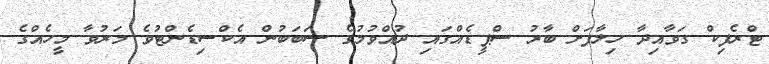
ޓްރެފިކް ގަވާއިދާ ހިލާފަށް ބާރު ސްޕީޑެއްގައި ދުއްވުމުގެ ސަބަބުން އެކްސިޑެންޓުވެ މަރުވާ މީހެއްގެ